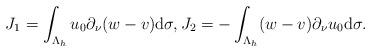
LaTeX: \begin{align*} J_1=\int_{\Lambda_{h}}u_{0}\partial_{\nu}(w-v)\mathrm d\sigma, J_2=-\int_{\Lambda_{h}}(w-v)\partial_{\nu}u_{0}\mathrm d\sigma. \end{align*}